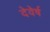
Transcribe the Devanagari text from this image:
देवेर्ष